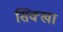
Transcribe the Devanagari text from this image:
सिक्खा